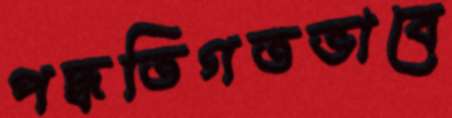
পদ্ধতিগতভাবে